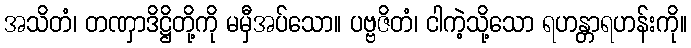
အသိတံ၊ တဏှာဒိဋ္ဌိတို့ကို မမှီအပ်သော။ ပဗ္ဗဇိတံ၊ ငါကဲ့သို့သော ရဟန္တာရဟန်းကို။